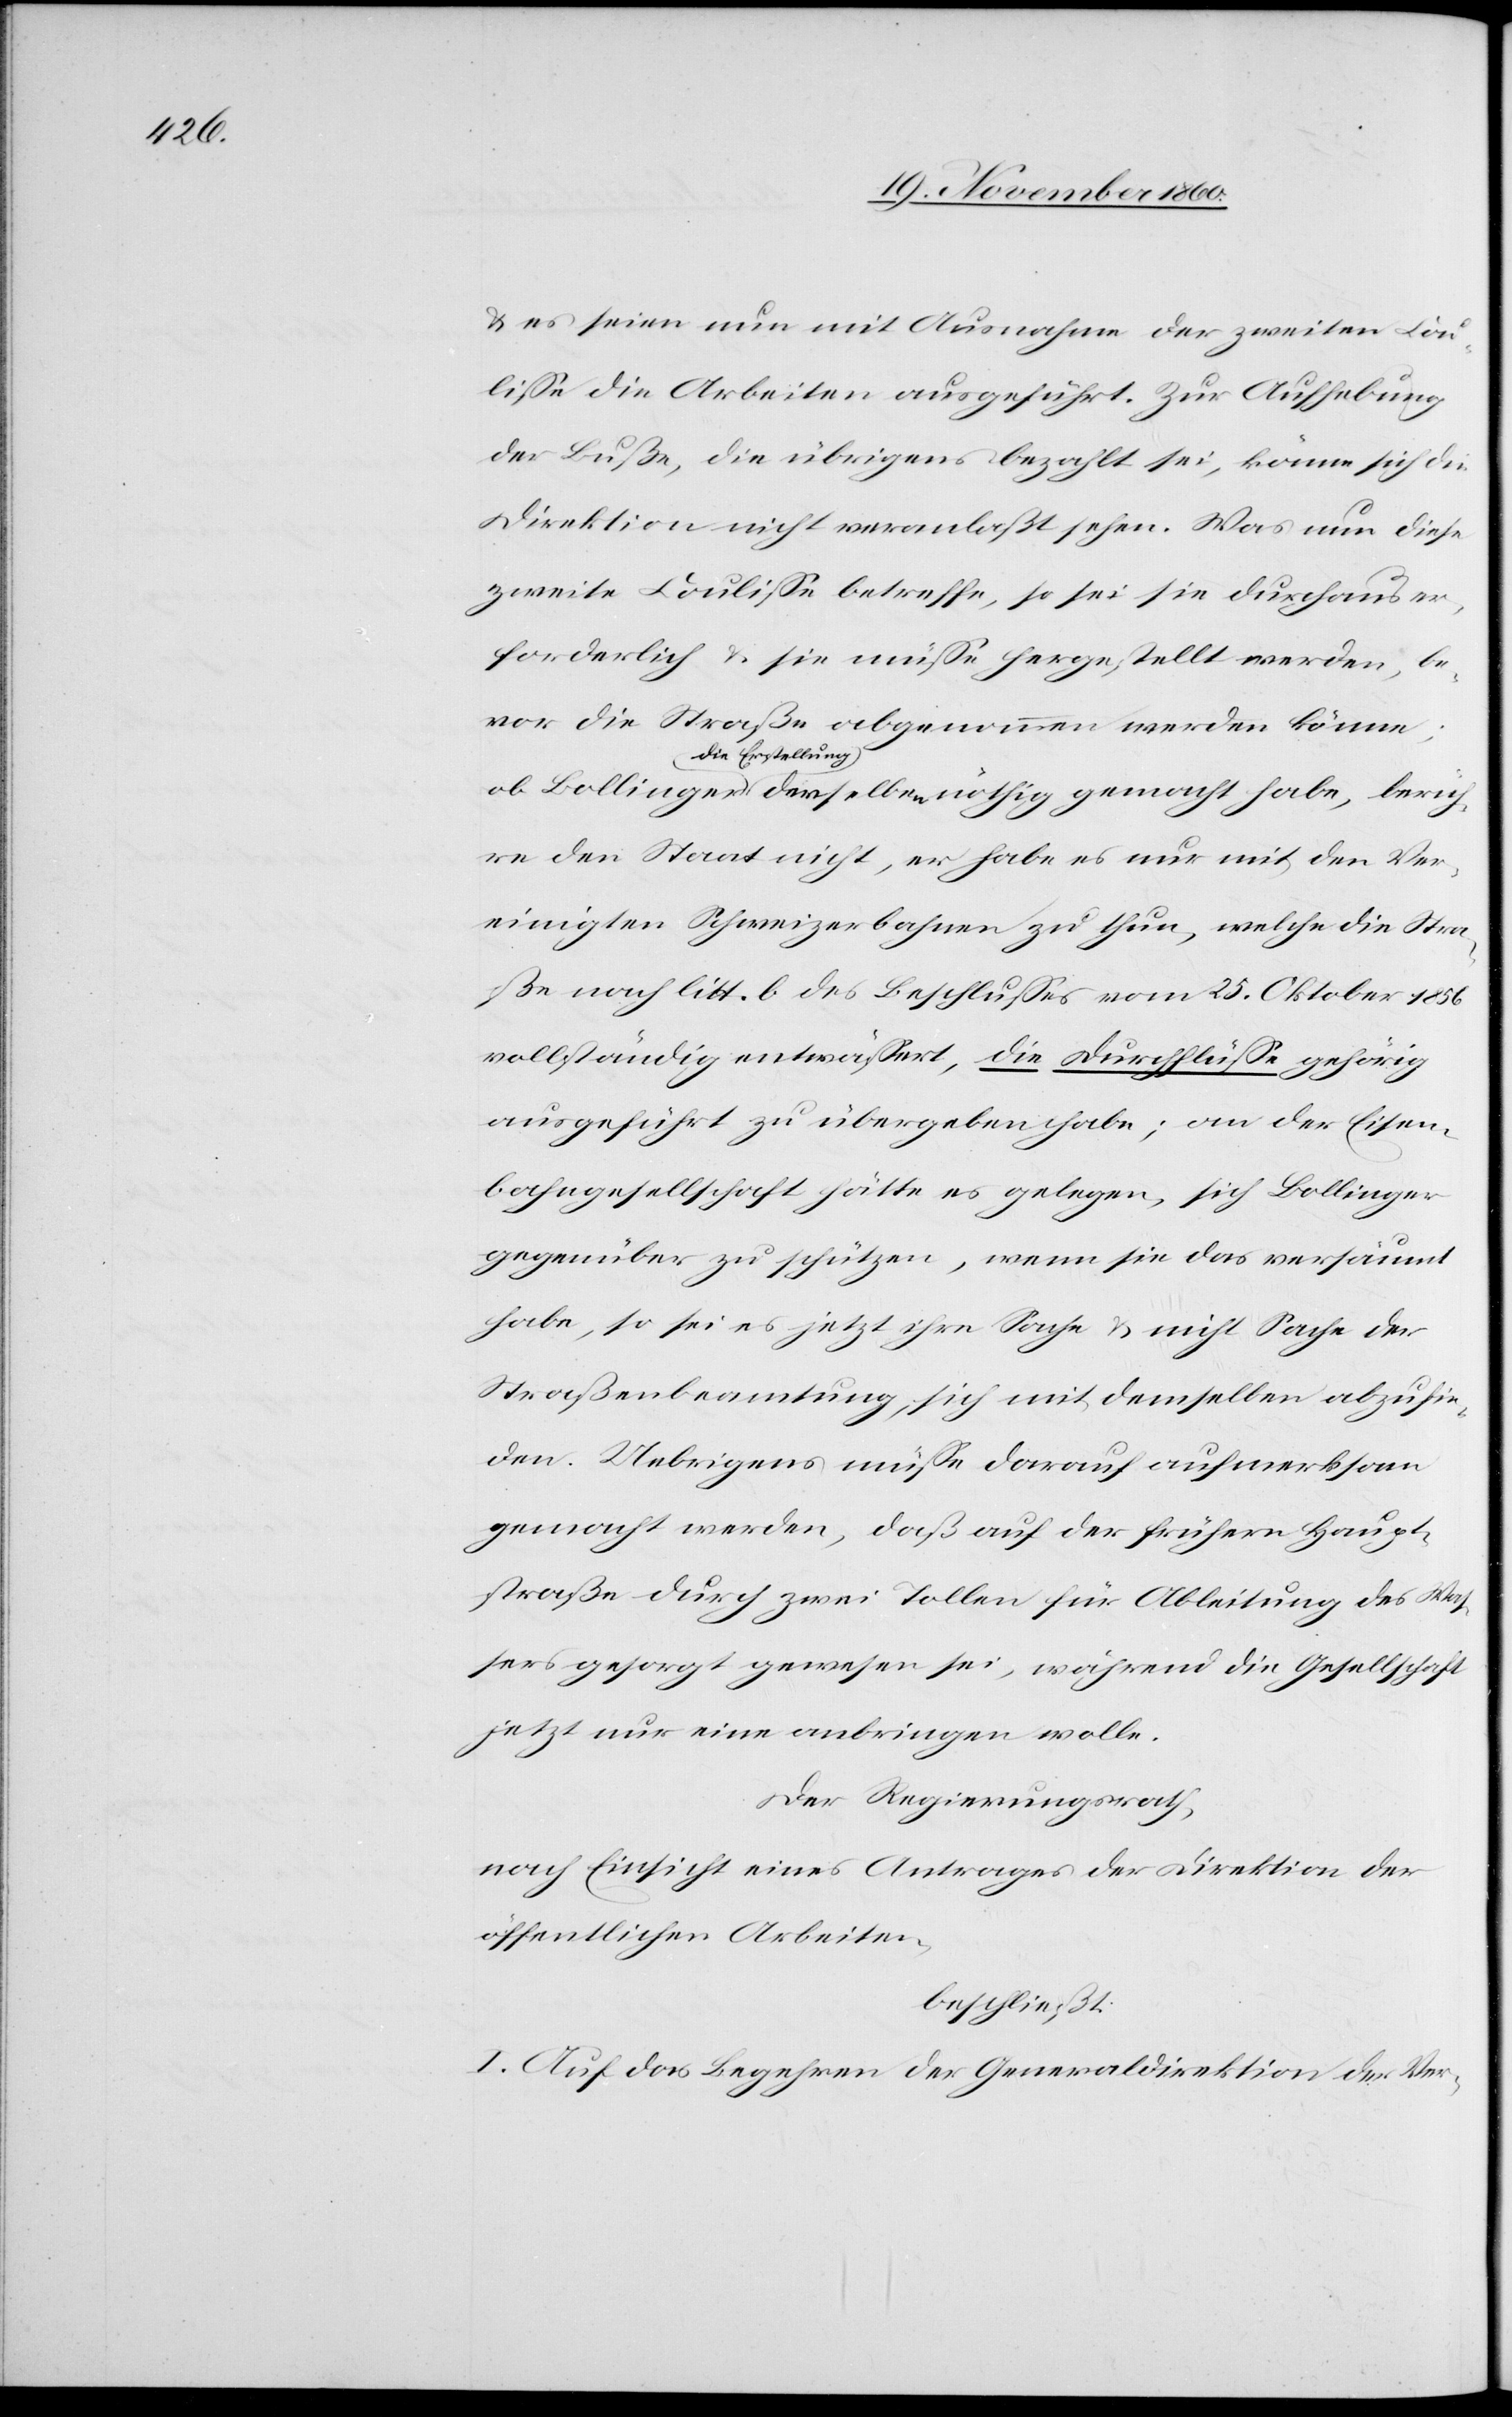
u. es seien nun mit Ausnahme der zweiten Cou¬
lisse die Arbeiten ausgeführt. Zur Aufhebung
der Buße, die übrigens bezahlt sei, könne sich die
Direktion nicht veranlaßt sehen. Was nun diese
zweite Coulisse betreffe, so sei sie durchaus er¬
forderlich u. sie müsse hergestellt werden, be¬
vor die Straße abgenommen werden könne;
die Erstellung
berühre den Staat nicht, er habe es nur mit den Ver¬
einigten Schweizerbahnen zu thun, welche die Stra¬
ße nach litt. b des Beschlusses vom 25. Oktober 1856
vollständig entwässert, die Durchlässe gehörig
ausgeführt zu übergeben habe; an der Eisen¬
bahngesellschaft hätte es gelegen, sich Bollinger
gegenüber zu schützen, wenn sie das versäumt
habe, so sei es jetzt ihre Sache u. nicht Sache der
Straßenbeamtung, sich mit demselben abzufin¬
den. Uebrigens müsse darauf aufmerksam
gemacht werden, daß auf der frühern Haupt¬
straße durch zwei Tollen für Ableitung des Wassers
jetzt nur eine anbringen wolle.
Der Regierungsrath,
nach Einsicht eines Antrages der Direktion der
öffentlichen Arbeiten,
beschließt:
I. Auf das Begehren der Generaldirektion der Ver-